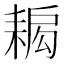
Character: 𦔁